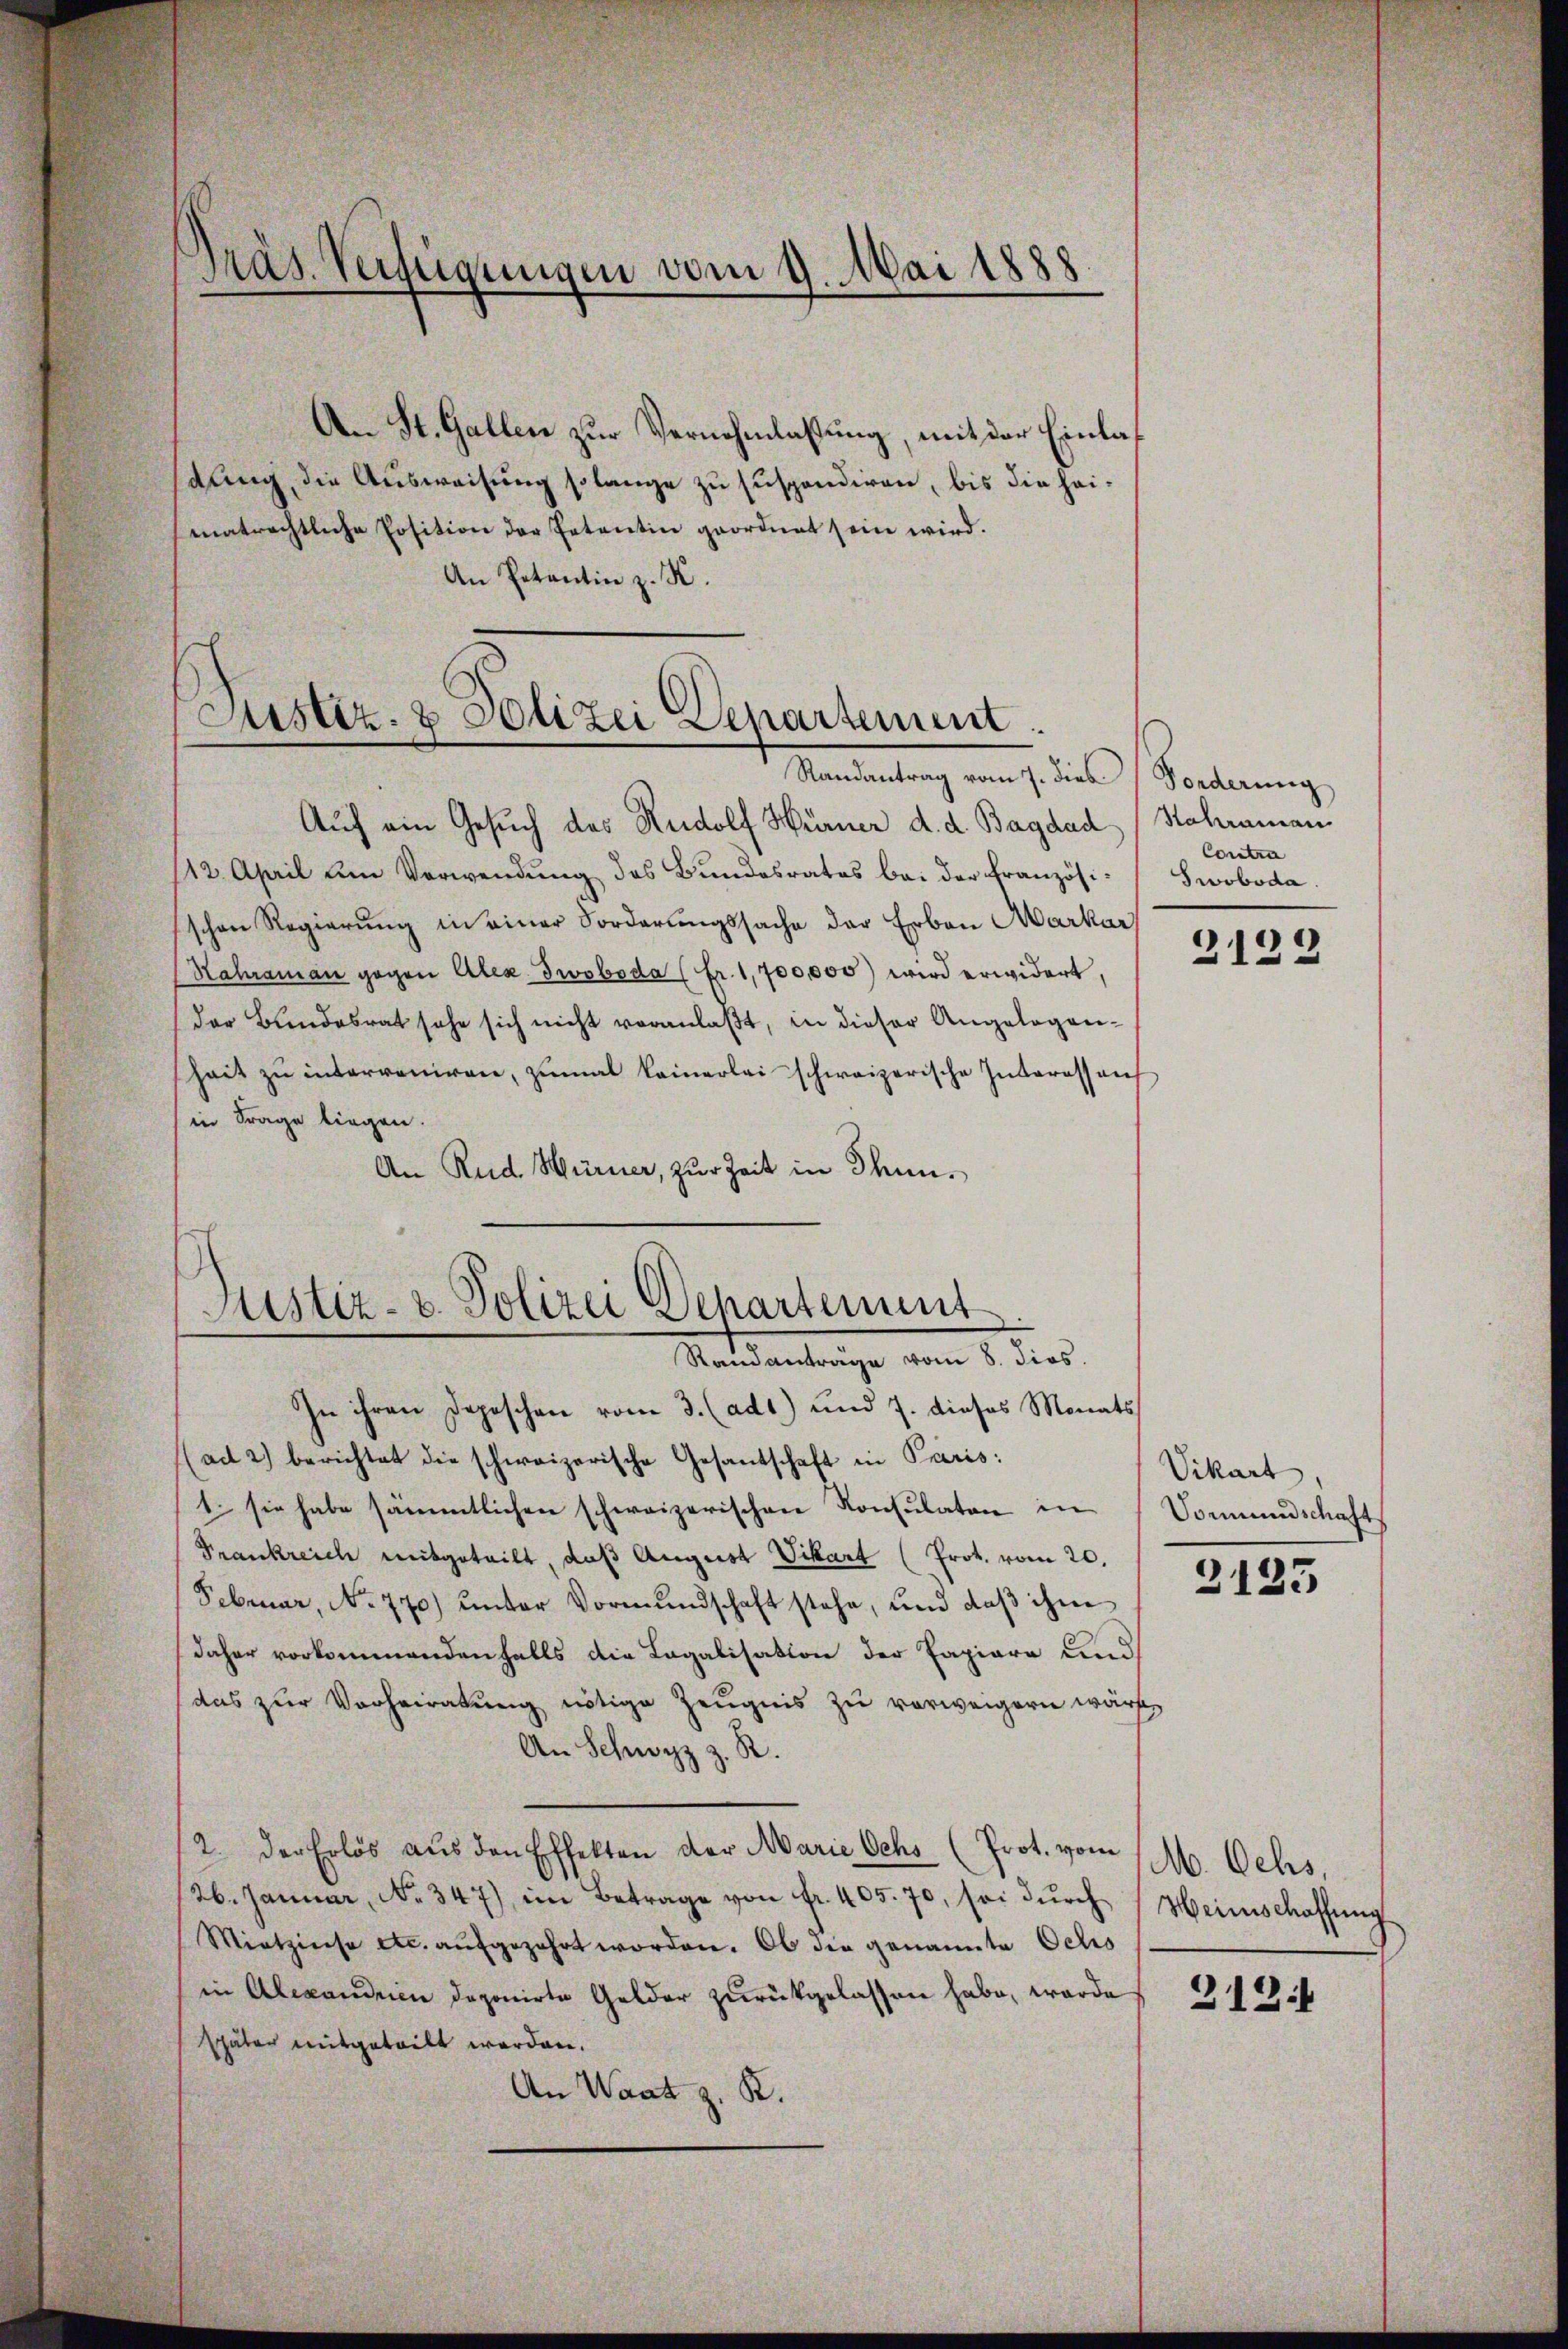
Präs. Verfügungen vom 9. Mai 1888.

An St. Gallen zur Vernehmlassung, mit der Einladung, die Ausweisung so lange zu suspendiren, bis die heimatrechtliche Position der Petentin geordnet sein wird.
An Petentin z. K.

Justiz- & Polizei Departement.
Randantrag vom 7. dies Forderung

Auf ein Gesuch des Rudolf Hürner d. d. Bagdad / Sahrman
112. April um Verwendung des Bundesrates bei der französischen Regierŭng in einer Forderungssache der Erben Markar
Hahraman gegen Alex dwoboda (fr. 1,700,000) wird erwidert,
der Bundesrat sehe sich nicht veranlaßt, in dieser Angelegenheit zŭ interveniren, zŭmal keinerlei schweizerische Interessen
in Frage liegen.
An Rud. Würner, zur Zeit in Thun¬

Justiz- & Polizei Departement
Randanträge vom 8. dies.

In ihren Depeschen vom 3. (ad1) und 7. dieses Monats
(ad 2) berichtet die schweizerische Gesantschaft in Paris:
1. sie habe sämmtlichen schweizerischen Konsulaten in Vormundschaft
Frankreich mitgeteilt, daß August Vikart (Prot. vom 20.
Februar, No 770) unter Vormundschaft stehe, und daß ihm
daher vorkommendenfalls die Legalisation der Papiere und
das zur Verheiratung nötige Zeugnis zu verweigern wäre,
An Schwyz z. R.
12. der Erlös aŭs den Effekten der Marie Ochs (Prot. vom 16. Ochs,
26. Januar, No. 347), im Betrage von fr. 405. 70, sei dŭrch Heinschaffŭng
Mietzinse etc. aŭfgezehrt worden. Ob die genannte Ochs
in Alexandrien deponirte Gelder zurückgelassen habe, worde
später mitgeteilt worden.
An Waat z. B.

Contr
Swoboda.

2123

Vikart,

2125

313.